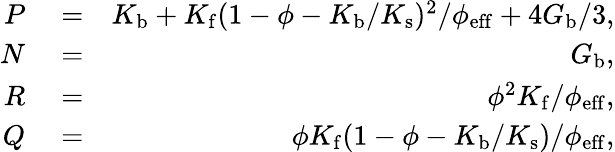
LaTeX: \begin{array}{rlr}{P}&{{}=}&{K_{\mathrm{b}}+K_{\mathrm{f}}(1-\phi-K_{\mathrm{b}}/K_{\mathrm{s}})^{2}/\phi_{\mathrm{eff}}+4G_{\mathrm{b}}/3,}\\ {N}&{{}=}&{G_{\mathrm{b}},}\\ {R}&{{}=}&{\phi^{2}K_{\mathrm{f}}/\phi_{\mathrm{eff}},}\\ {Q}&{{}=}&{\phi K_{\mathrm{f}}(1-\phi-K_{\mathrm{b}}/K_{\mathrm{s}})/\phi_{\mathrm{eff}},}\end{array}